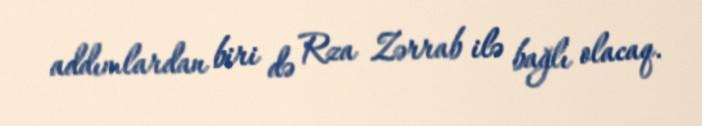
addımlardan biri də Rza Zərrab ilə bağlı olacaq.